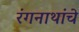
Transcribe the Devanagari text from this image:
रंगनाथांचे